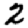
Digit: 2